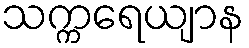
သက္ကရေယျာန